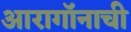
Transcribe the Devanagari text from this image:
आरागॉनाची